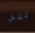
لنر